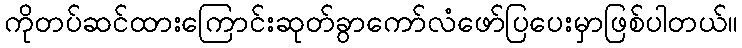
ကိုတပ်ဆင်ထားကြောင်းဆုတ်ခွာကော်လံဖော်ပြပေးမှာဖြစ်ပါတယ်။